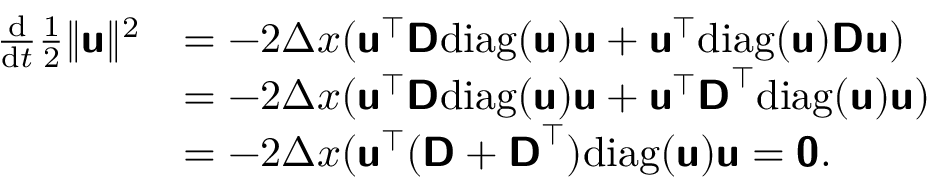
\begin{array} { r l } { \frac { \mathrm { d } } { \mathrm { d } t } \frac { 1 } { 2 } \| \mathbf { \boldsymbol { \mathsf { u } } } \| ^ { 2 } } & { = - 2 \Delta x ( \mathbf { \boldsymbol { \mathsf { u } } } ^ { \top } \mathbf { \boldsymbol { \mathsf { D } } } \mathrm { d i a g } ( \mathbf { \boldsymbol { \mathsf { u } } } ) \mathbf { \boldsymbol { \mathsf { u } } } + \mathbf { \boldsymbol { \mathsf { u } } } ^ { \top } \mathrm { d i a g } ( \mathbf { \boldsymbol { \mathsf { u } } } ) \mathbf { \boldsymbol { \mathsf { D } } } \mathbf { \boldsymbol { \mathsf { u } } } ) } \\ & { = - 2 \Delta x ( \mathbf { \boldsymbol { \mathsf { u } } } ^ { \top } \mathbf { \boldsymbol { \mathsf { D } } } \mathrm { d i a g } ( \mathbf { \boldsymbol { \mathsf { u } } } ) \mathbf { \boldsymbol { \mathsf { u } } } + \mathbf { \boldsymbol { \mathsf { u } } } ^ { \top } \mathbf { \boldsymbol { \mathsf { D } } } ^ { \top } \mathrm { d i a g } ( \mathbf { \boldsymbol { \mathsf { u } } } ) \mathbf { \boldsymbol { \mathsf { u } } } ) } \\ & { = - 2 \Delta x ( \mathbf { \boldsymbol { \mathsf { u } } } ^ { \top } ( \mathbf { \boldsymbol { \mathsf { D } } } + \mathbf { \boldsymbol { \mathsf { D } } } ^ { \top } ) \mathrm { d i a g } ( \mathbf { \boldsymbol { \mathsf { u } } } ) \mathbf { \boldsymbol { \mathsf { u } } } = \mathbf { \boldsymbol { \mathsf { 0 } } } . } \end{array}